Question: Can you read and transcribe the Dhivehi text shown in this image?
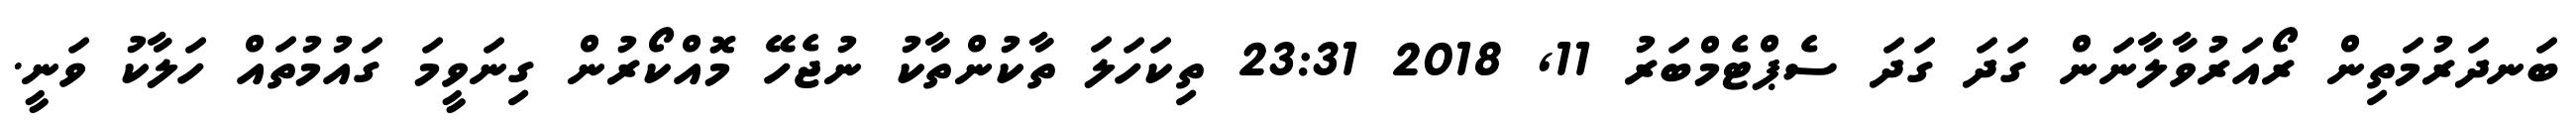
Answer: ބަނދަރުމަތިން ރޯއަރުވާލާނަން ގަދަ ގަދަ ސެޕްޓެމްބަރު 11, 2018 23:31 ތިކަހަލަ ތާކުންތާކު ނުޖެހޭ މޮއްކޯރުން ގިނަވީމަ ގައުމުތައް ހަލާކު ވަނީ.